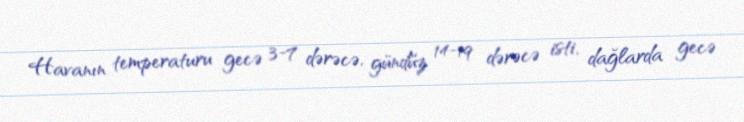
Havanın temperaturu gecə 3-7 dərəcə, gündüz 14-19 dərəcə isti, dağlarda gecə